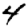
Digit: 4